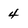
Character: 4